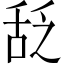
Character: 𬜆